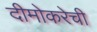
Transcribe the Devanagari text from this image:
दीमोकरेची